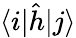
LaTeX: \langle i\vert\hat{h}\vert j\rangle